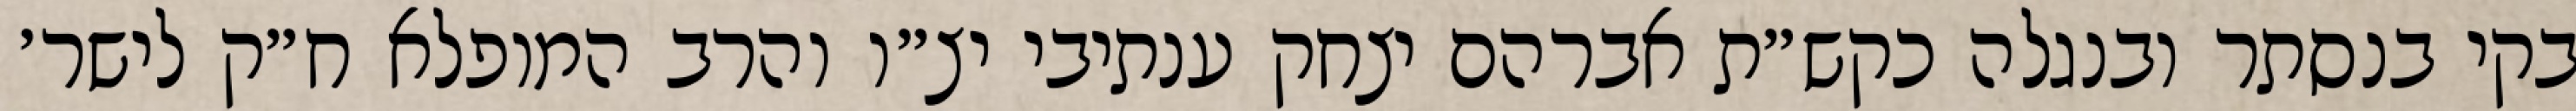
בקי בנסתר ובנגלה כקש״ת אברהם יצחק ענתיבי יצ״ו והרב המופלא ח״ק לישר׳